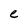
Character: e